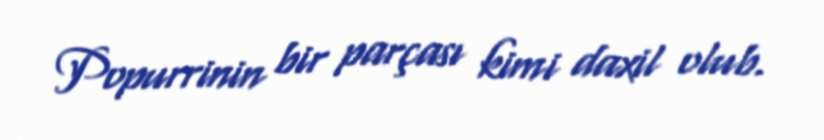
Popurrinin bir parçası kimi daxil olub.